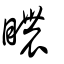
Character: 䁸